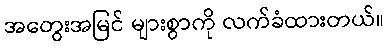
အတွေးအမြင် များစွာကို လက်ခံထားတယ်။